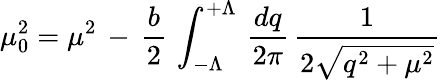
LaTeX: \mu_{0}^{2}=\mu^{2}\, -\, {\frac{b}{2}}\, \int_{-\Lambda}^{+\Lambda}\, {\frac{dq}{2\pi}}\, {\frac{1}{2\sqrt{q^{2}+\mu^{2}}}}